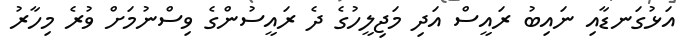
އަޅުގަނޑާއި ނައިބު ރައީސް އަދި މަޖިލީހުގެ ދެ ރައީސުންގެ ވިސްނުމަށް ވުރެ މިހާރު